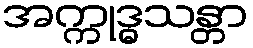
အက္ကုဒ္ဓသန္တာ